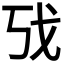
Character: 𫻦